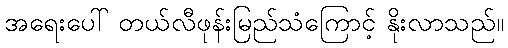
အရေးပေါ် တယ်လီဖုန်းမြည်သံကြောင့် နိုးလာသည်။